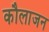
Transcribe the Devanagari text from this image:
कौलाजन